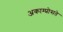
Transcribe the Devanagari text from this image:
अकाम्प्रोसते